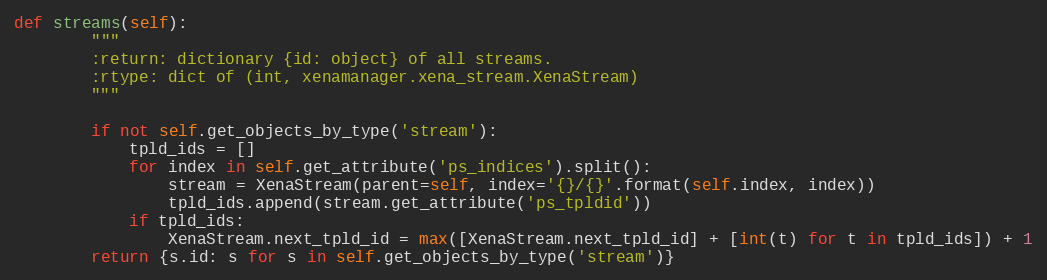
Language: Python
def streams(self):
        """
        :return: dictionary {id: object} of all streams.
        :rtype: dict of (int, xenamanager.xena_stream.XenaStream)
        """

        if not self.get_objects_by_type('stream'):
            tpld_ids = []
            for index in self.get_attribute('ps_indices').split():
                stream = XenaStream(parent=self, index='{}/{}'.format(self.index, index))
                tpld_ids.append(stream.get_attribute('ps_tpldid'))
            if tpld_ids:
                XenaStream.next_tpld_id = max([XenaStream.next_tpld_id] + [int(t) for t in tpld_ids]) + 1
        return {s.id: s for s in self.get_objects_by_type('stream')}